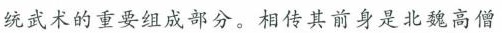
统武术的重要组成部分。相传其前身是北魏高僧